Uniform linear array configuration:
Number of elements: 16
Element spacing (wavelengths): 0.75
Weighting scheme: cosine
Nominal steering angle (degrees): -45
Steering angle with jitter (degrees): -46.478
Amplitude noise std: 0.05
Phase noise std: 0.05

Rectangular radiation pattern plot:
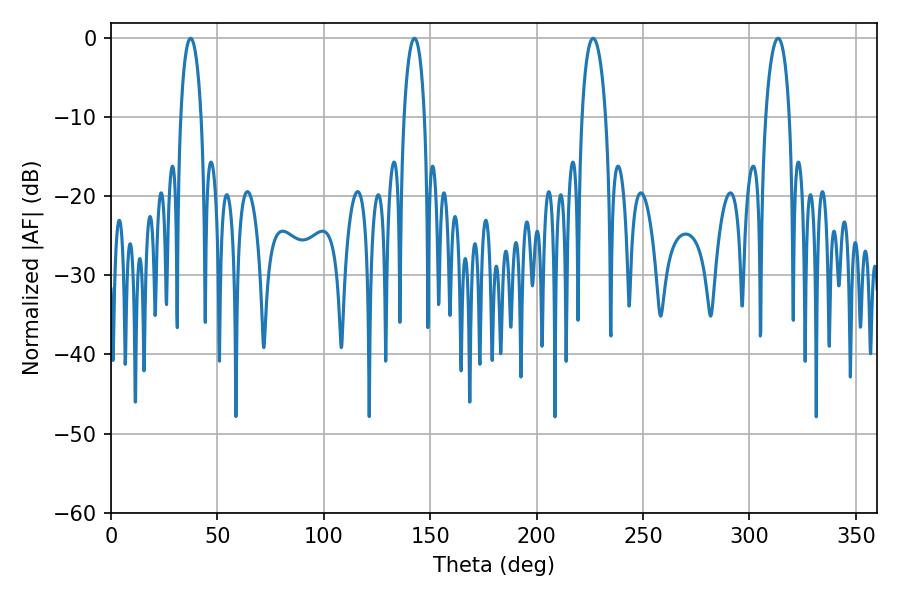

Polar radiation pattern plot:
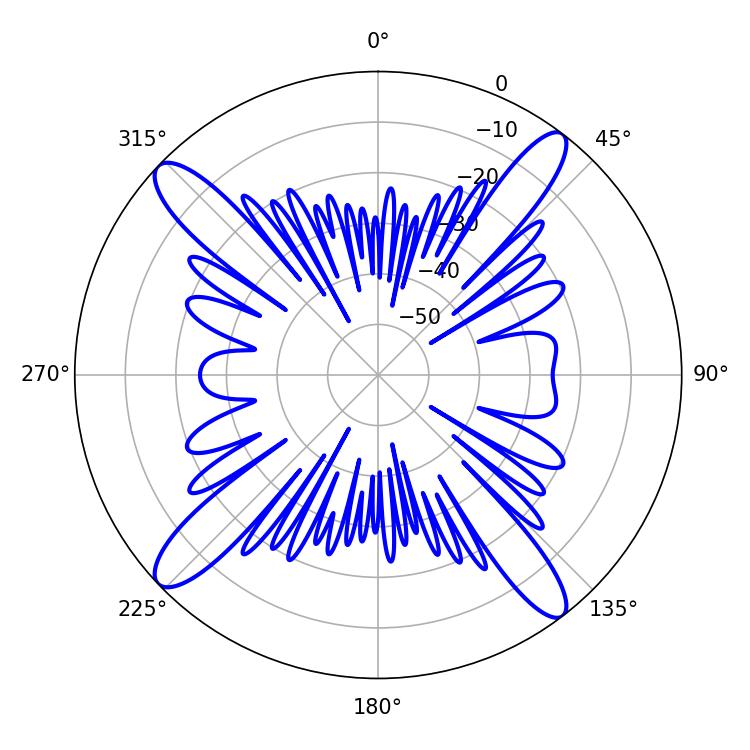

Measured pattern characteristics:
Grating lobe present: TRUE
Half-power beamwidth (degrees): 5.4
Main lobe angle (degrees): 37.44